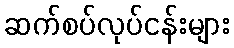
ဆက်စပ်လုပ်ငန်းများ